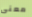
معنى